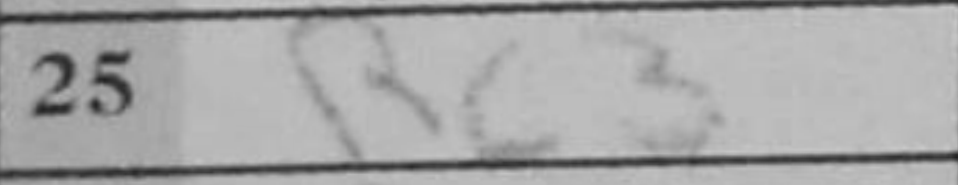
Transcription: Rc3